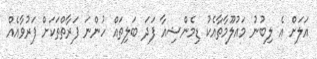
އަލަށް އެ ލިބުނު މައުލޫމާތާއެކު ޑިމެންޝިއާ ފަދަ ބަލިތައް ހުންނަ ފަރާތްތަކަށް ފަރުވާއެއް